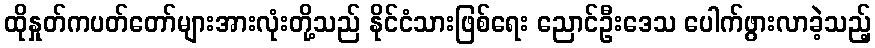
ထိုနှုတ်ကပတ်တော်များအားလုံးတို့သည် နိုင်ငံသားဖြစ်ရေး ညောင်ဦးဒေသ ပေါက်ဖွားလာခဲ့သည့်